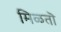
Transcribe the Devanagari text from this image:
मिळतॊ